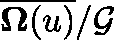
\overline { { \mathbf { \Omega } ( \mathfrak { u } ) } } / \mathcal { G }